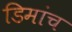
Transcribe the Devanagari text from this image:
डिमांच